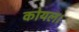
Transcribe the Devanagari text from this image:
कोयल।